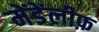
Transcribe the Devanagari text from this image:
मेंडेंलीफ़